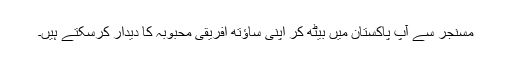
مسنجر سے آپ پاکستان میں بیٹھ کر اپنی ساؤتھ افریقی محبوبہ کا دیدار کرسکتے ہیں۔